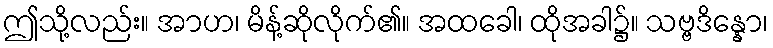
ဤသို့လည်း။ အာဟ၊ မိန့်ဆိုလိုက်၏။ အထခေါ၊ ထိုအခါ၌။ သဗ္ဗဒိန္နော၊